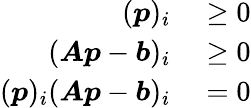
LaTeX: \begin{array}{rl}{({\boldsymbol{p}})_{i}}&{{}\geq 0}\\ {({\boldsymbol{A}}{\boldsymbol{p}}-{\boldsymbol{b}})_{i}}&{{}\geq 0}\\ {({\boldsymbol{p}})_{i}({\boldsymbol{A}}{\boldsymbol{p}}-{\boldsymbol{b}})_{i}}&{{}=0}\end{array}